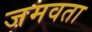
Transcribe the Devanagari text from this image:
जमवता